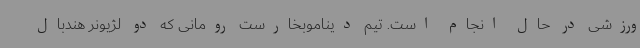
ورزشی در حال انجام است. تیم دیناموبخارست رومانی که دو لژیونر هندبال